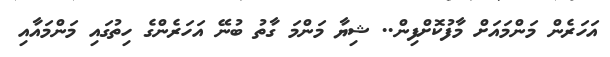
އަހަރެން މަންމައަށް މާފުކޮށްފިން.. ޝިޔާ މަންމަ ގާތު ބުނޭ އަހަރެންގެ ހިތުގައި މަންމައާއި